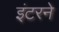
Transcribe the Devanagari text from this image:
इंटरने